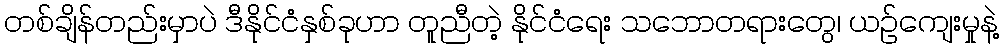
တစ်ချိန်တည်းမှာပဲ ဒီနိုင်ငံနှစ်ခုဟာ တူညီတဲ့ နိုင်ငံရေး သဘောတရားတွေ၊ ယဉ်ကျေးမှုနဲ့